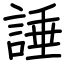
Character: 諈